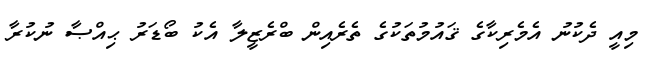
މިއީ ދެކުނު އެމެެރިކާގެ ޤައުމުތަކުގެ ތެރެއިން ބްރެޒީލާ އެކު ބޯޑަރު ޙިއްޞާ ނުކުރާ